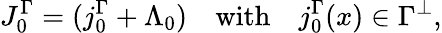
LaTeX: J_{0}^{\Gamma}=(j_{0}^{\Gamma}+\Lambda_{0})\quad\mathrm{with}\quad j_{0}^{\Gamma}(x)\in\Gamma^{\perp},